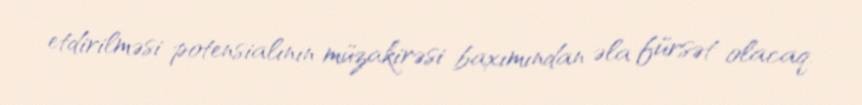
etdirilməsi potensialının müzakirəsi baxımından əla fürsət olacaq.